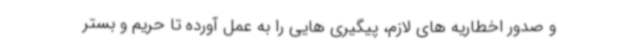
و صدور اخطاریه های لازم، پیگیری هایی را به عمل آورده تا حریم و بستر